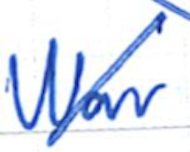
Text: War
Cross-out: diagonal
Writing tool: ballpoint